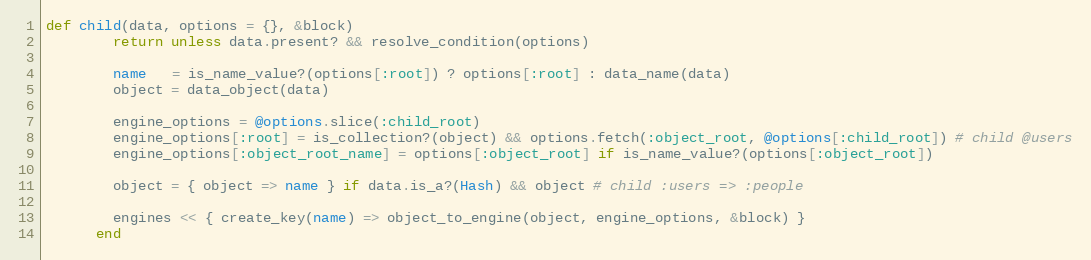
Language: Ruby
def child(data, options = {}, &block)
        return unless data.present? && resolve_condition(options)

        name   = is_name_value?(options[:root]) ? options[:root] : data_name(data)
        object = data_object(data)

        engine_options = @options.slice(:child_root)
        engine_options[:root] = is_collection?(object) && options.fetch(:object_root, @options[:child_root]) # child @users
        engine_options[:object_root_name] = options[:object_root] if is_name_value?(options[:object_root])

        object = { object => name } if data.is_a?(Hash) && object # child :users => :people

        engines << { create_key(name) => object_to_engine(object, engine_options, &block) }
      end